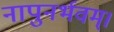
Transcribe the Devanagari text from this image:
नापुनर्भवम्।